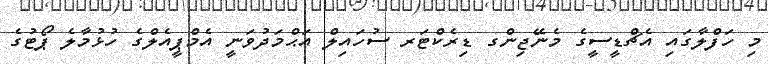
މި ހަފްލާގައި އެޗްޑީސީގެ މެނޭޖިންގ ޑިރެކްޓަރ ސުހައިލް އަޙްމަދުވަނީ އެމްޕީއެލްގެ ހުޅުމާލެ ޕޯޓުގެ